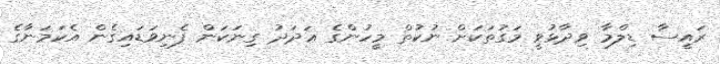
ރައީސާ ޑިލްމާ ވިދާޅުވީ މަގުތަކަށް ނުކުތް މީހުންގެ ޢަދަދު ގިނަކަން ފެނިވަޑައިގެން އެކަމަނާގެ